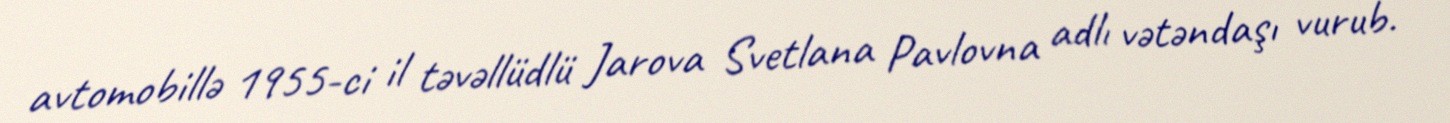
avtomobillə 1955-ci il təvəllüdlü Jarova Svetlana Pavlovna adlı vətəndaşı vurub.